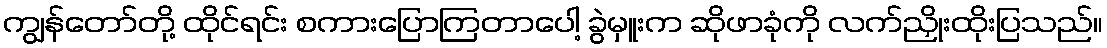
ကျွန်တော်တို့ ထိုင်ရင်း စကားပြောကြတာပေါ့ ခွဲမှူးက ဆိုဖာခုံကို လက်ညှိုးထိုးပြသည်။